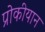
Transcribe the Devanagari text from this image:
प्रोकीयान